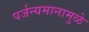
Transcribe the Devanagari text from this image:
पर्जन्यमानामुळे